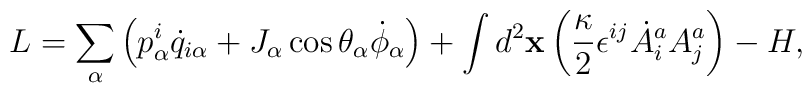
L = \sum_\alpha\left(p^i_\alpha \dot q_{i\alpha} + J_\alpha\cos \theta_\alpha \dot \phi_\alpha\right) +\int d^2{\bf x}\left({\kappa\over 2}\epsilon^{ij}\dot A^a_i A^a_j\right) - H,